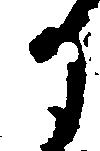
か